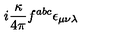
i \frac { \kappa } { 4 \pi } f ^ { a b c } \epsilon _ { \mu \nu \lambda }